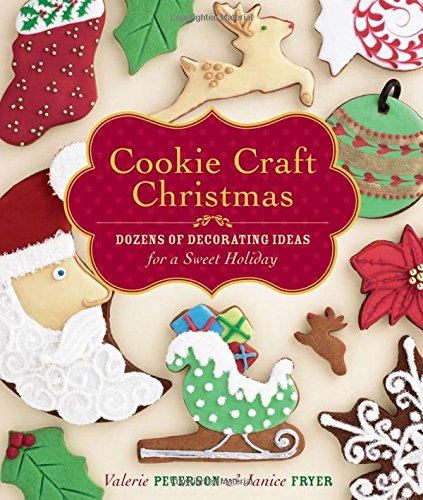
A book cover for Cookie Craft Christmas: Dozens of Decorating Ideas for a Sweet Holiday; Valerie Peterson; Cookbooks, Food & Wine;